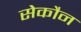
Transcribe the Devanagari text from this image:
सेकौन